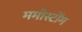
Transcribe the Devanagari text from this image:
ममोस्टोंग